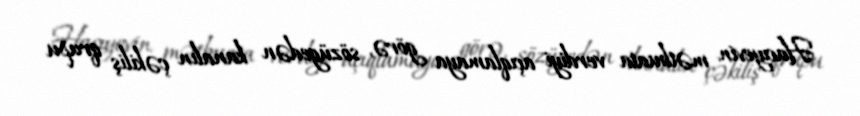
Hacıyevin mətbuata verdiyi açıqlamaya görə, sözügedən kanalın çəkiliş qrupu